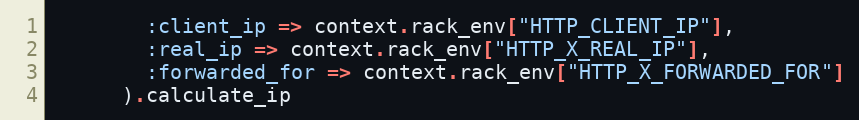
Language: Ruby
        :client_ip => context.rack_env["HTTP_CLIENT_IP"],
        :real_ip => context.rack_env["HTTP_X_REAL_IP"],
        :forwarded_for => context.rack_env["HTTP_X_FORWARDED_FOR"]
      ).calculate_ip